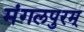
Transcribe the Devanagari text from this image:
मंगलपुरम्